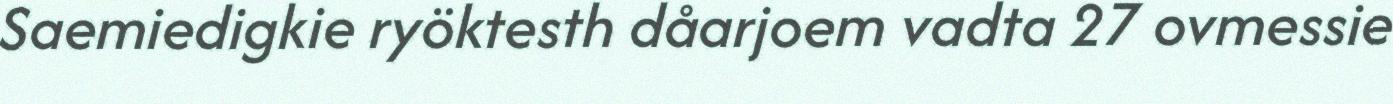
Saemiedigkie ryöktesth dåarjoem vadta 27 ovmessie